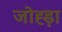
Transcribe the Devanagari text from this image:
जोह्ड़ा